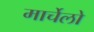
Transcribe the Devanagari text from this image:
मार्चेलो